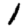
Digit: 1